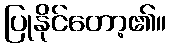
ပြုနိုင်တော့၏။